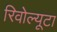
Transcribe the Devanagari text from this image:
रिवोल्यूटा